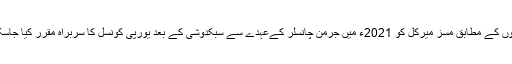
ان خبروں کے مطابق مسز میرکل کو 2021ء میں جرمن چانسلر کےعہدے سے سبکدوشی کے بعد یورپی کونسل کا سربراہ مقرر کیا جاسکتا ہے۔